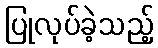
ပြုလုပ်ခဲ့သည့်